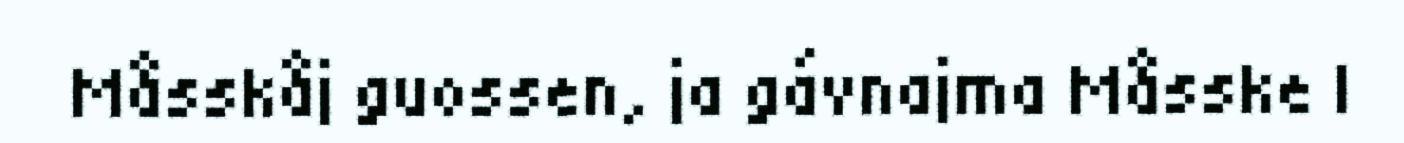
Måsskåj guossen, ja gávnajma Måsske l